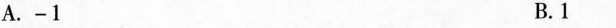
A.﹣1 B.1